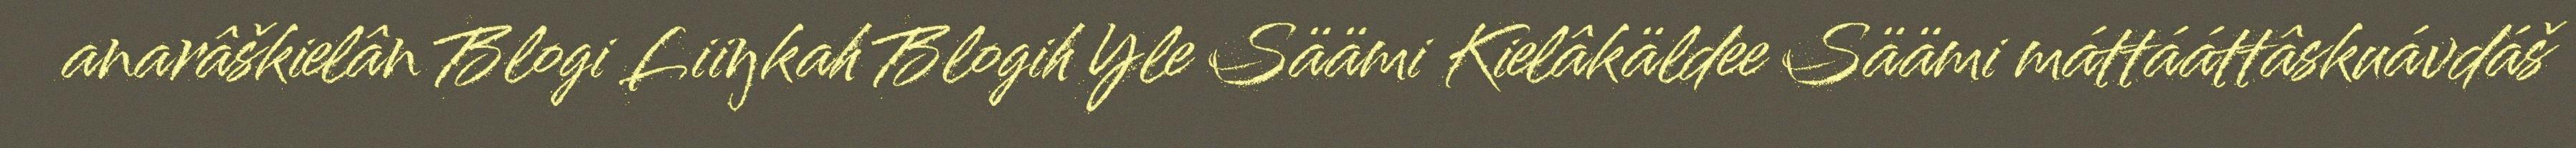
anarâškielân Blogi Liiŋkah Blogih Yle Säämi Kielâkäldee Säämi máttááttâskuávdáš